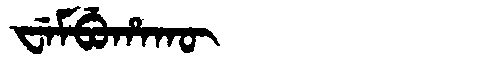
Manchu: ᠸᡝᠮᠪᡠᡥᠠᡴᡡ
Romanization: WEMBUHAKŪ